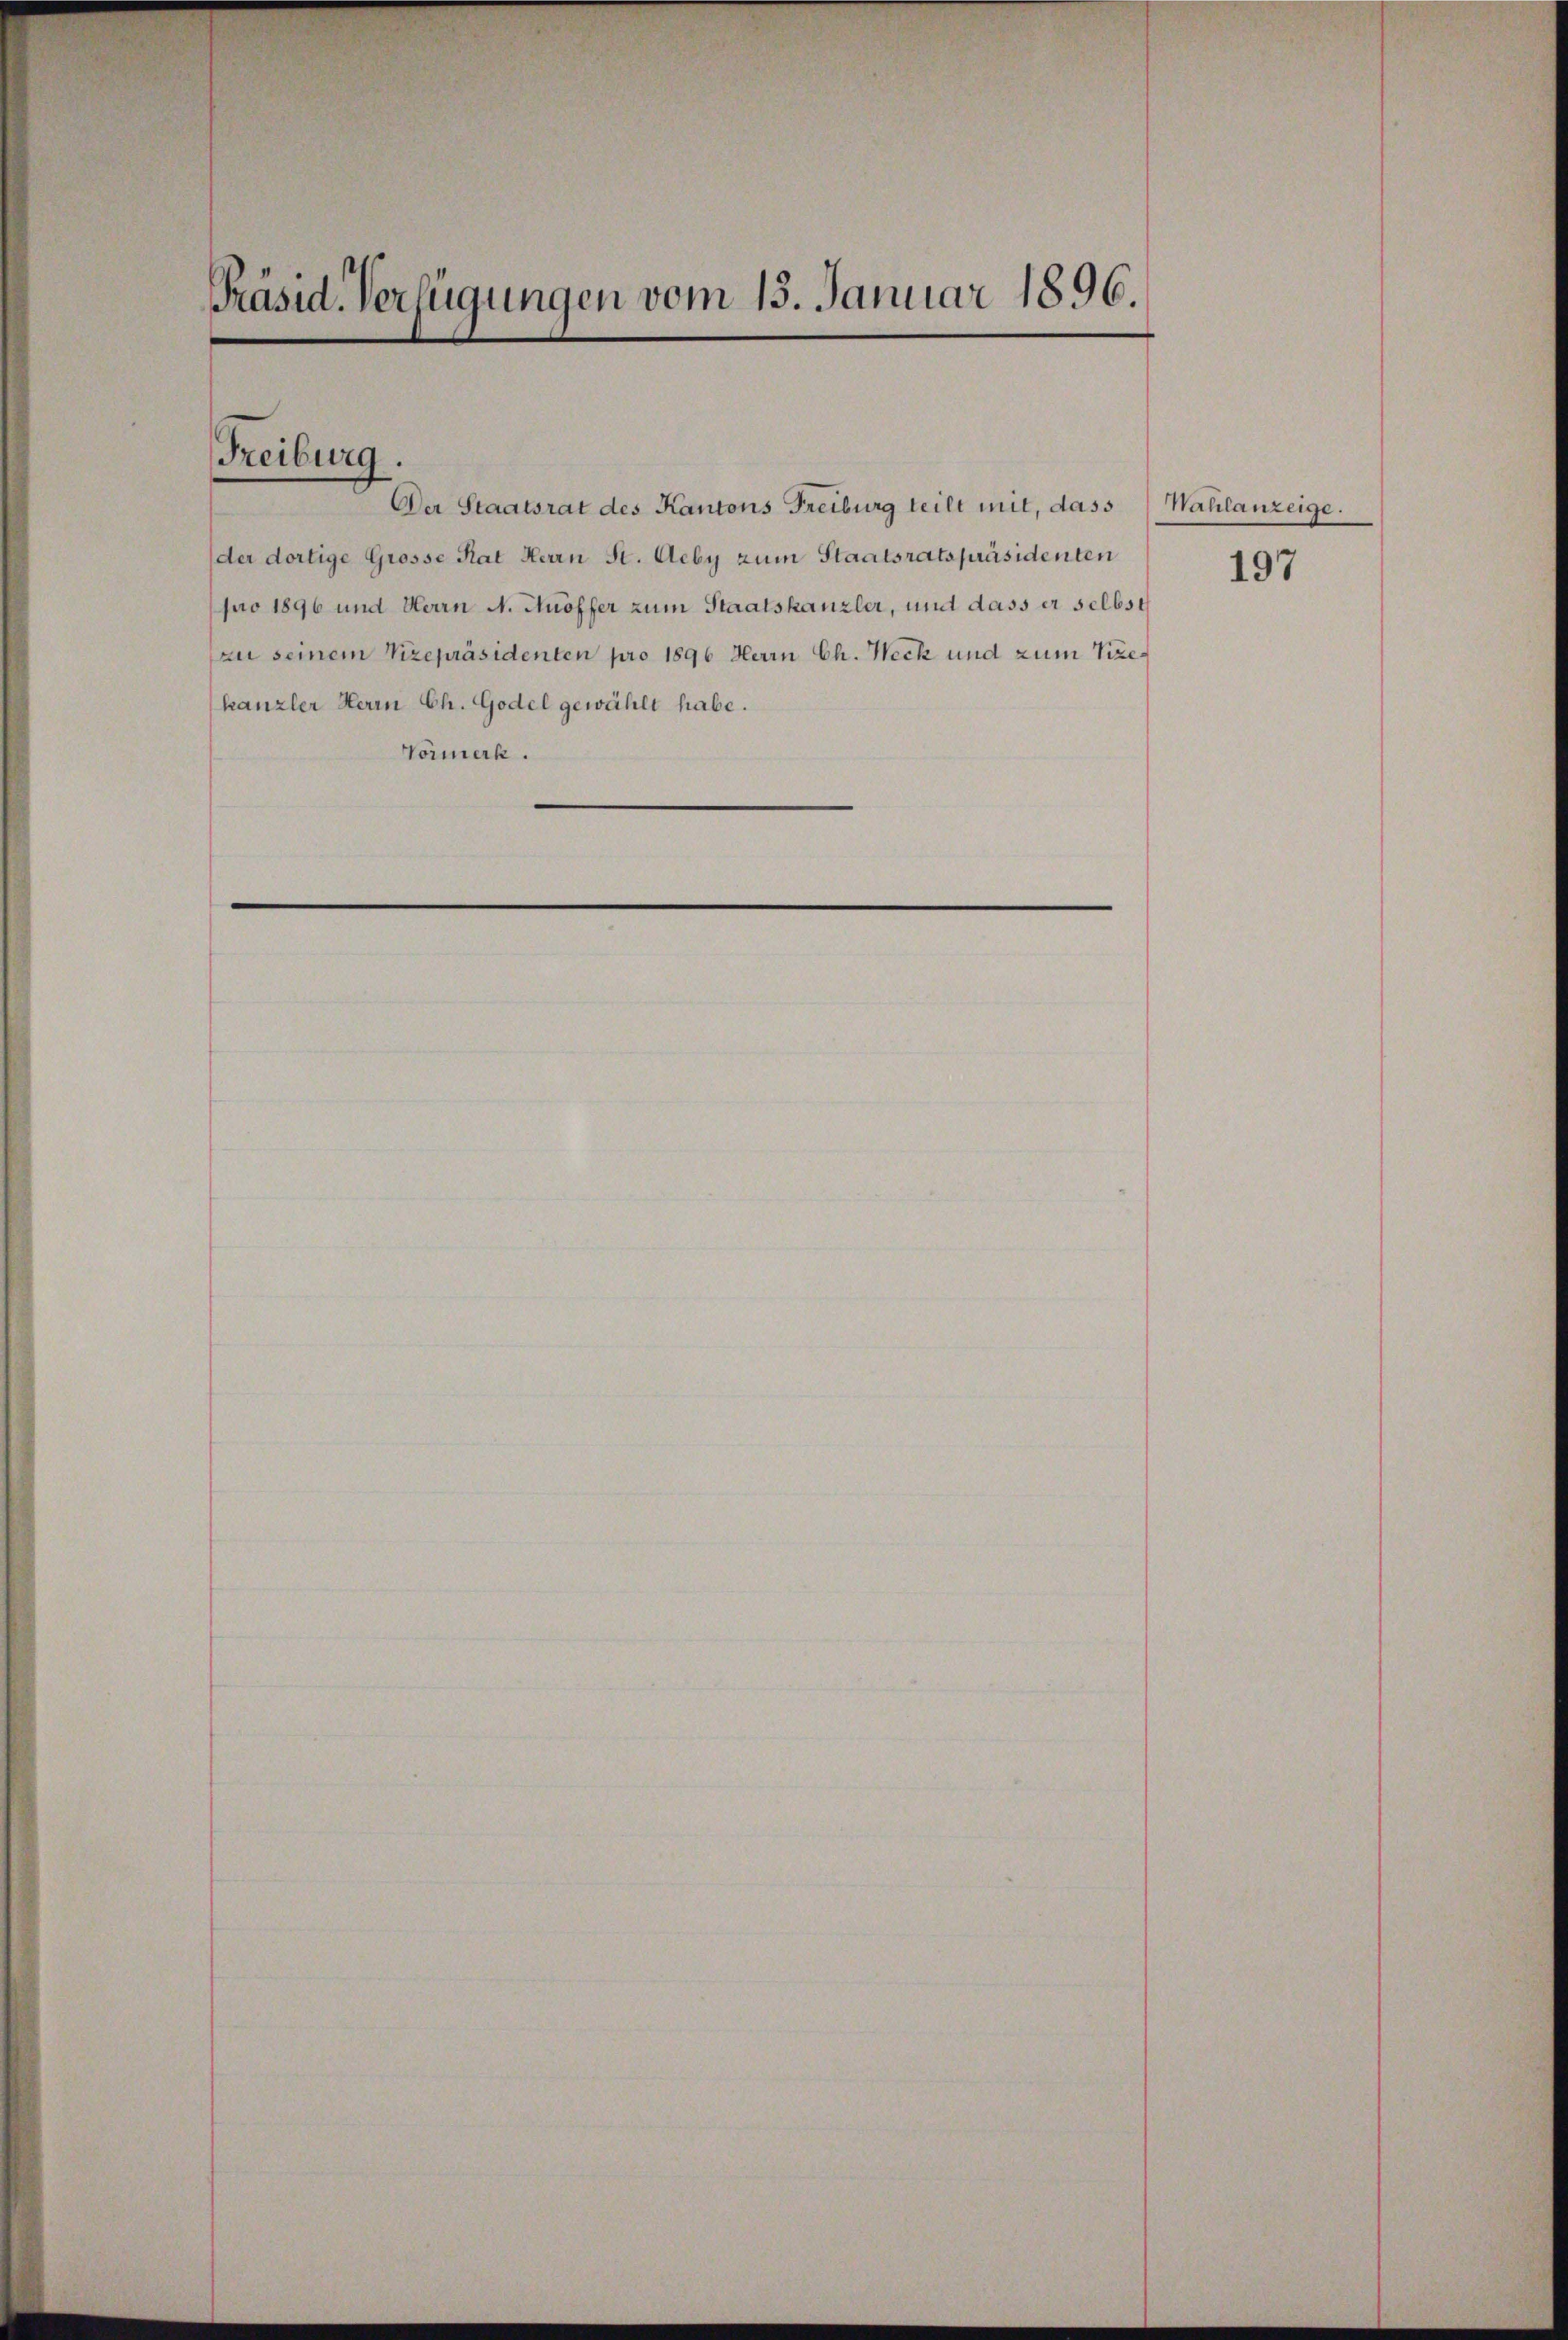
Präsid. Verfügungen vom 13. Januar 1896.

Freiburg.

kanzler Herrn Ch. Godel gewählt habe.
Vormerk.

Der Staatsrat des Kantons Freiburg teilt mit, dass Wahlanzeige.
der dortige Grosse Rat Herrn St. Aeby zum Staatsratspräsidenten
pro 1896 und Herrn N. Hoffer zum Staatskanzler, und dass er selbst
zu seinem Vizepräsidenten pro 1896 Herrn Ch. Neck und zum Vize¬

197